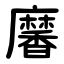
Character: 黁